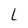
Character: L